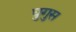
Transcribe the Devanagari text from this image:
घुगुस